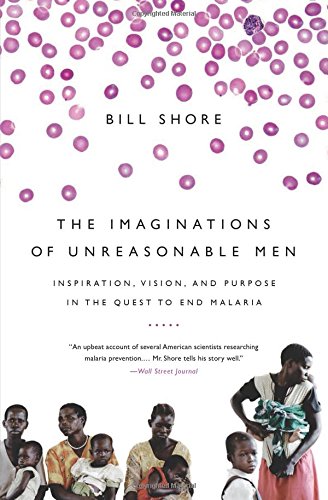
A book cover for The Imaginations of Unreasonable Men: Inspiration, Vision, and Purpose in the Quest to End Malaria; Bill Shore; Medical Books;